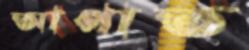
আপাত